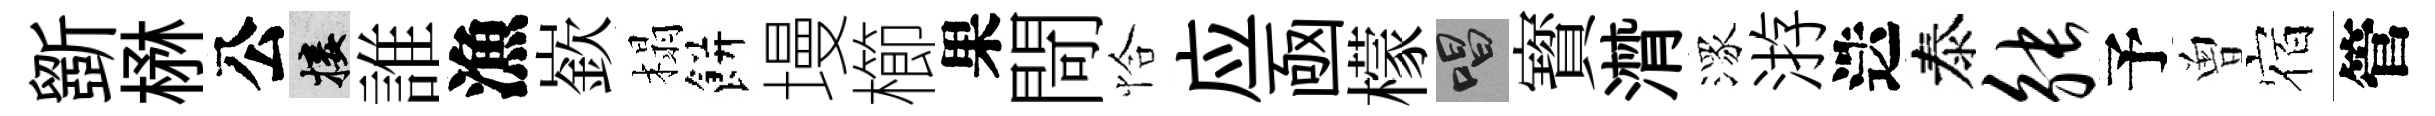
斵楙公接誰漁嶔榻餅墁櫛果閜恰应凾檬唱寳潸潈㳺迭泰觖予曽宿管